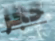
حجر